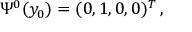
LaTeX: \Psi ^ { 0 } ( y _ { 0 } ) = ( 0 , 1 , 0 , 0 ) ^ { T } \, ,